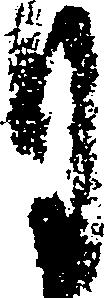
月